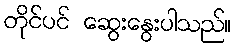
တိုင်ပင် ဆွေးနွေးပါသည်။